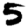
Digit: 5